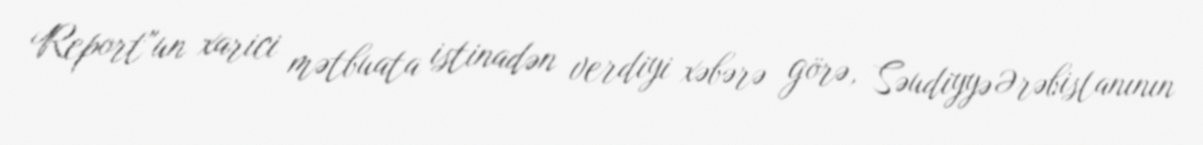
Report"un xarici mətbuata istinadən verdiyi xəbərə görə, Səudiyyə Ərəbistanının